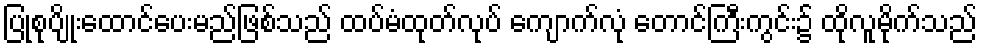
ပြုစုပျိုးထောင်ပေးမည်ဖြစ်သည် ထပ်မံထုတ်လုပ် ကျောက်လုံ တောင်ကြီးကွင်း၌ ထိုလူမိုက်သည်